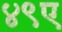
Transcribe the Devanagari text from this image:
४९ए